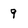
Character: 9